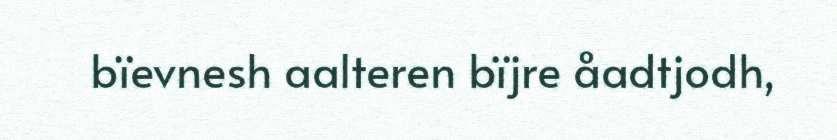
bïevnesh aalteren bïjre åadtjodh,